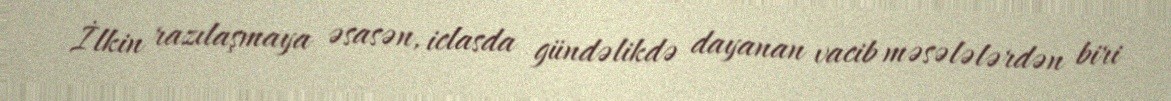
İlkin razılaşmaya əsasən, iclasda gündəlikdə dayanan vacib məsələlərdən biri